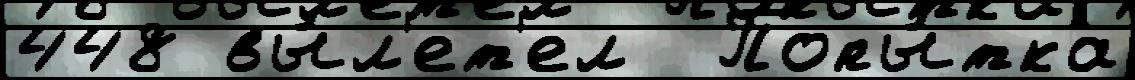
448 вы́л'ет'ел  Попы́тка